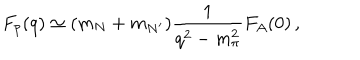
F _ { p } ( q ) \simeq ( m _ { N } + m _ { N ^ { \prime } } ) \frac { 1 } { q ^ { 2 } - m _ { \pi } ^ { 2 } } F _ { A } ( 0 ) \, ,